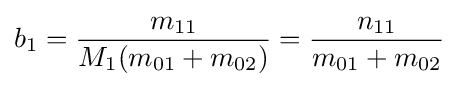
b_{1}={\frac {m_{11}}{M_{1}(m_{01}+m_{02})}}={\frac {n_{11}}{m_{01}+m_{02}}}